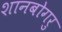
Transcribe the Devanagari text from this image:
शानबोगरु